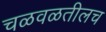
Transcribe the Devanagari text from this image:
चळवळतीलच